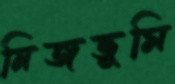
নিজভূমি